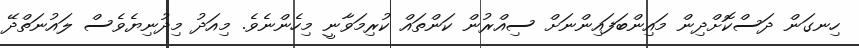
ހިނގަން ދަސްކޮށްދިން މައިންބަފައިންނަށް ސިއްރުން ކަންތައް ކުރިމަވާނީ މިހެންނެވެ. މިއަދު މިދުނިޔެވެސް ލައުނަތްދޭ